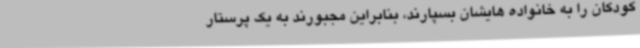
کودکان را به خانواده هایشان بسپارند، بنابراین مجبورند به یک پرستار